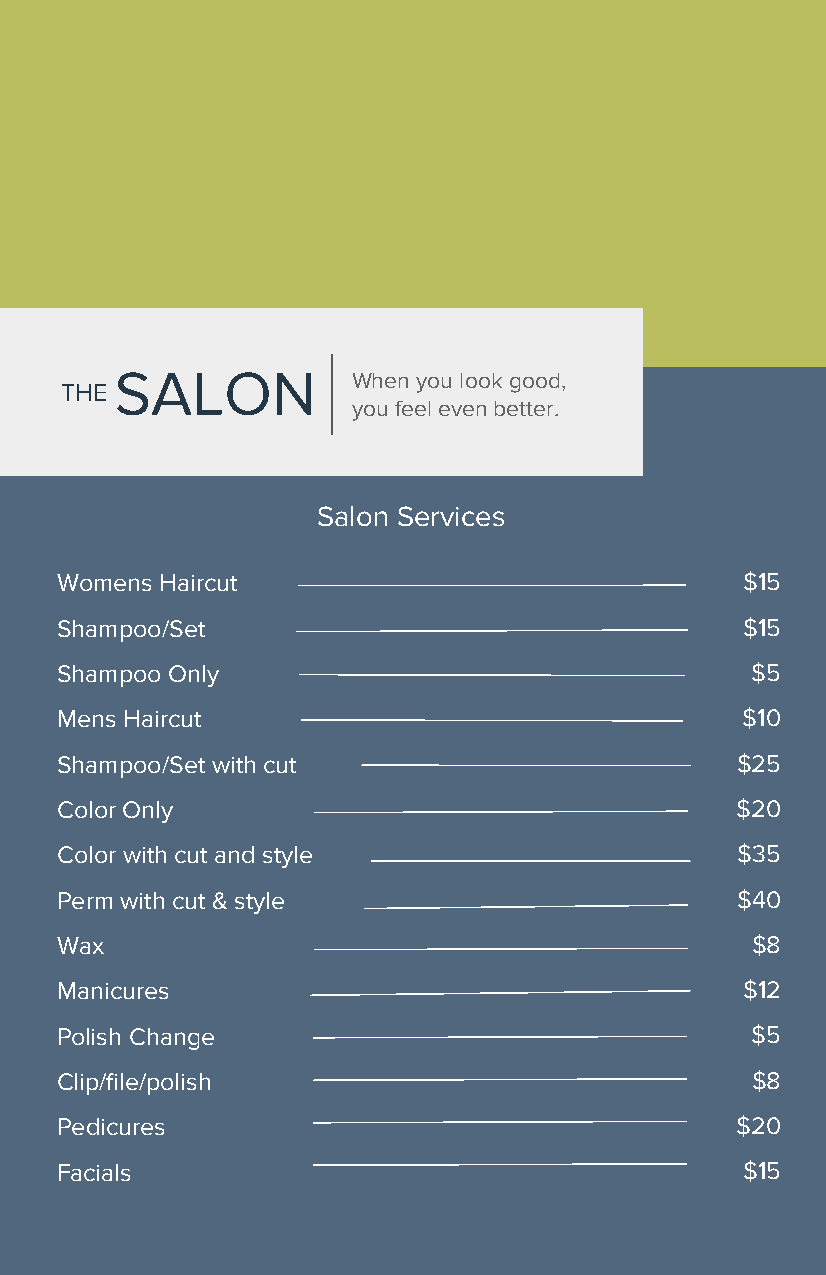
SALON          When you look good,
 THE
 you feel even better.
 Salon Services
 Womens Haircut                               $15
 Shampoo/Set                                  $15
 Shampoo Only                                  $5
 Mens Haircut                                 $10
 Shampoo/Set with cut                         $25
 Color Only                                   $20
 Color with cut and style                     $35
 Perm with cut & style                        $40
 Wax                                           $8
 Manicures                                    $12
 Polish Change                                 $5
 Clip/file/polish                              $8
 Pedicures                                    $20
 Facials                                      $15